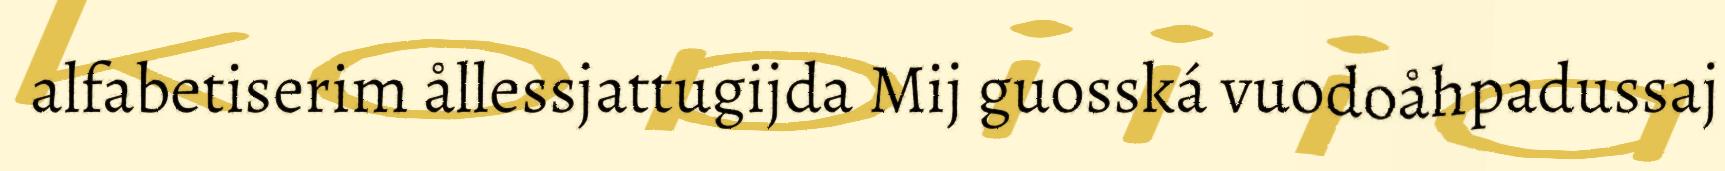
alfabetiserim ållessjattugijda Mij guosská vuodoåhpadussaj